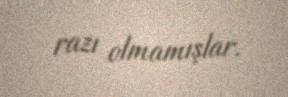
razı olmamışlar.